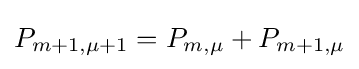
P_{m+1,\mu +1}=P_{m,\mu }+P_{m+1,\mu }